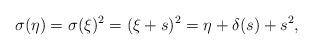
LaTeX: \begin{align*}\sigma(\eta)=\sigma(\xi)^2=(\xi+s)^2=\eta+\delta(s)+s^2,\end{align*}